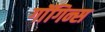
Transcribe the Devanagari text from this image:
गाॅगिन्स